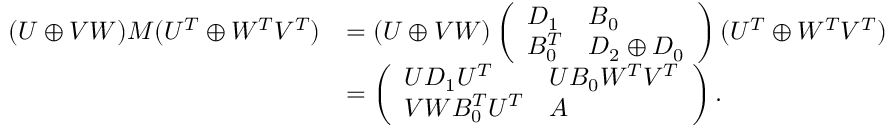
\begin{array} { r l } { ( U \oplus V W ) M ( U ^ { T } \oplus W ^ { T } V ^ { T } ) } & { = ( U \oplus V W ) \left( \begin{array} { l l } { D _ { 1 } } & { B _ { 0 } } \\ { B _ { 0 } ^ { T } } & { D _ { 2 } \oplus D _ { 0 } } \end{array} \right) ( U ^ { T } \oplus W ^ { T } V ^ { T } ) } \\ & { = \left( \begin{array} { l l } { U D _ { 1 } U ^ { T } } & { U B _ { 0 } W ^ { T } V ^ { T } } \\ { V W B _ { 0 } ^ { T } U ^ { T } } & { A } \end{array} \right) . } \end{array}